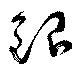
銀